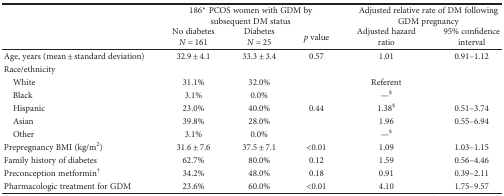
| <ROWSPAN=2>  | <COLSPAN=3> 186∗ PCOS women with GDM by subsequent DM status | <COLSPAN=2> Adjusted relative rate of DM following GDM pregnancy |
 | No diabetesN = 161 | DiabetesN = 25 | p value | Adjusted hazard ratio | 95% confidence interval |
 | --- | --- | --- | --- | --- | --- |
 | Age, years (mean ± standard deviation) | 32.9 ± 4.1 | 33.3 ± 3.4 | 0.57 | 1.01 | 0.91–1.12 |
 | Race/ethnicity |  |  |  |  |  |
 | White | 31.1% | 32.0% | <ROWSPAN=5> 0.44 | Referent |  |
 | Black | 3.1% | 0.0% | —§ |  |
 | Hispanic | 23.0% | 40.0% | 1.38§ | 0.51–3.74 |
 | Asian | 39.8% | 28.0% | 1.96 | 0.55–6.94 |
 | Other | 3.1% | 0.0% | —§ |  |
 | Prepregnancy BMI (kg/m2) | 31.6 ± 7.6 | 37.5 ± 7.1 | <0.01 | 1.09 | 1.03–1.15 |
 | Family history of diabetes | 62.7% | 80.0% | 0.12 | 1.59 | 0.56–4.46 |
 | Preconception metformin† | 34.2% | 48.0% | 0.18 | 0.91 | 0.39–2.11 |
 | Pharmacologic treatment for GDM | 23.6% | 60.0% | <0.01 | 4.10 | 1.75–9.57 |